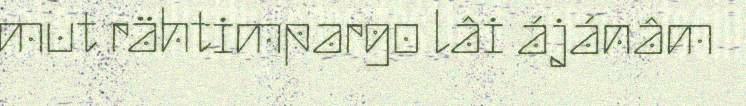
mut rähtimpargo lâi ájánâm